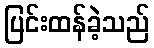
ပြင်းထန်ခဲ့သည်